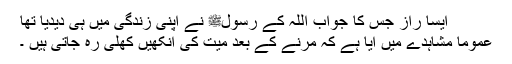
ایسا راز جس کا جواب اللہ کے رسولﷺ نے اپنی زندگی میں ہی دیدیا تھا
عموماََ مشاہدے میں آیا ہے کہ مرنے کے بعد میت کی آنکھیں کھلی رہ جاتی ہیں ۔